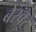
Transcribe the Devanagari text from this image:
बेरबर